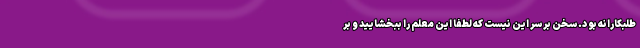
طلبکارانه بود. سخن بر سر این نیست که لطفا این معلم را ببخشایید و بر